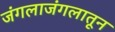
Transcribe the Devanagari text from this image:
जंगलाजंगलातून